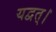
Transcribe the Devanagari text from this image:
यद्वत्।